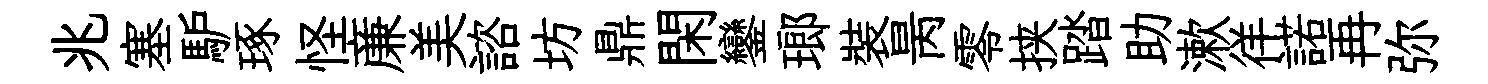
兆塞馿琢怪亷美諮坊鼎閑鑾瑯裝昺零挟踏助漱徉諾再弥